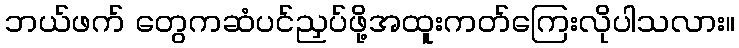
ဘယ်ဖက် တွေကဆံပင်ညှပ်ဖို့အထူးကတ်ကြေးလိုပါသလား။